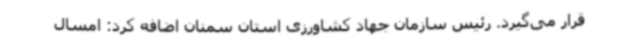
قرار می‌گیرد. رئیس سازمان جهاد کشاورزی استان سمنان اضافه کرد: امسال